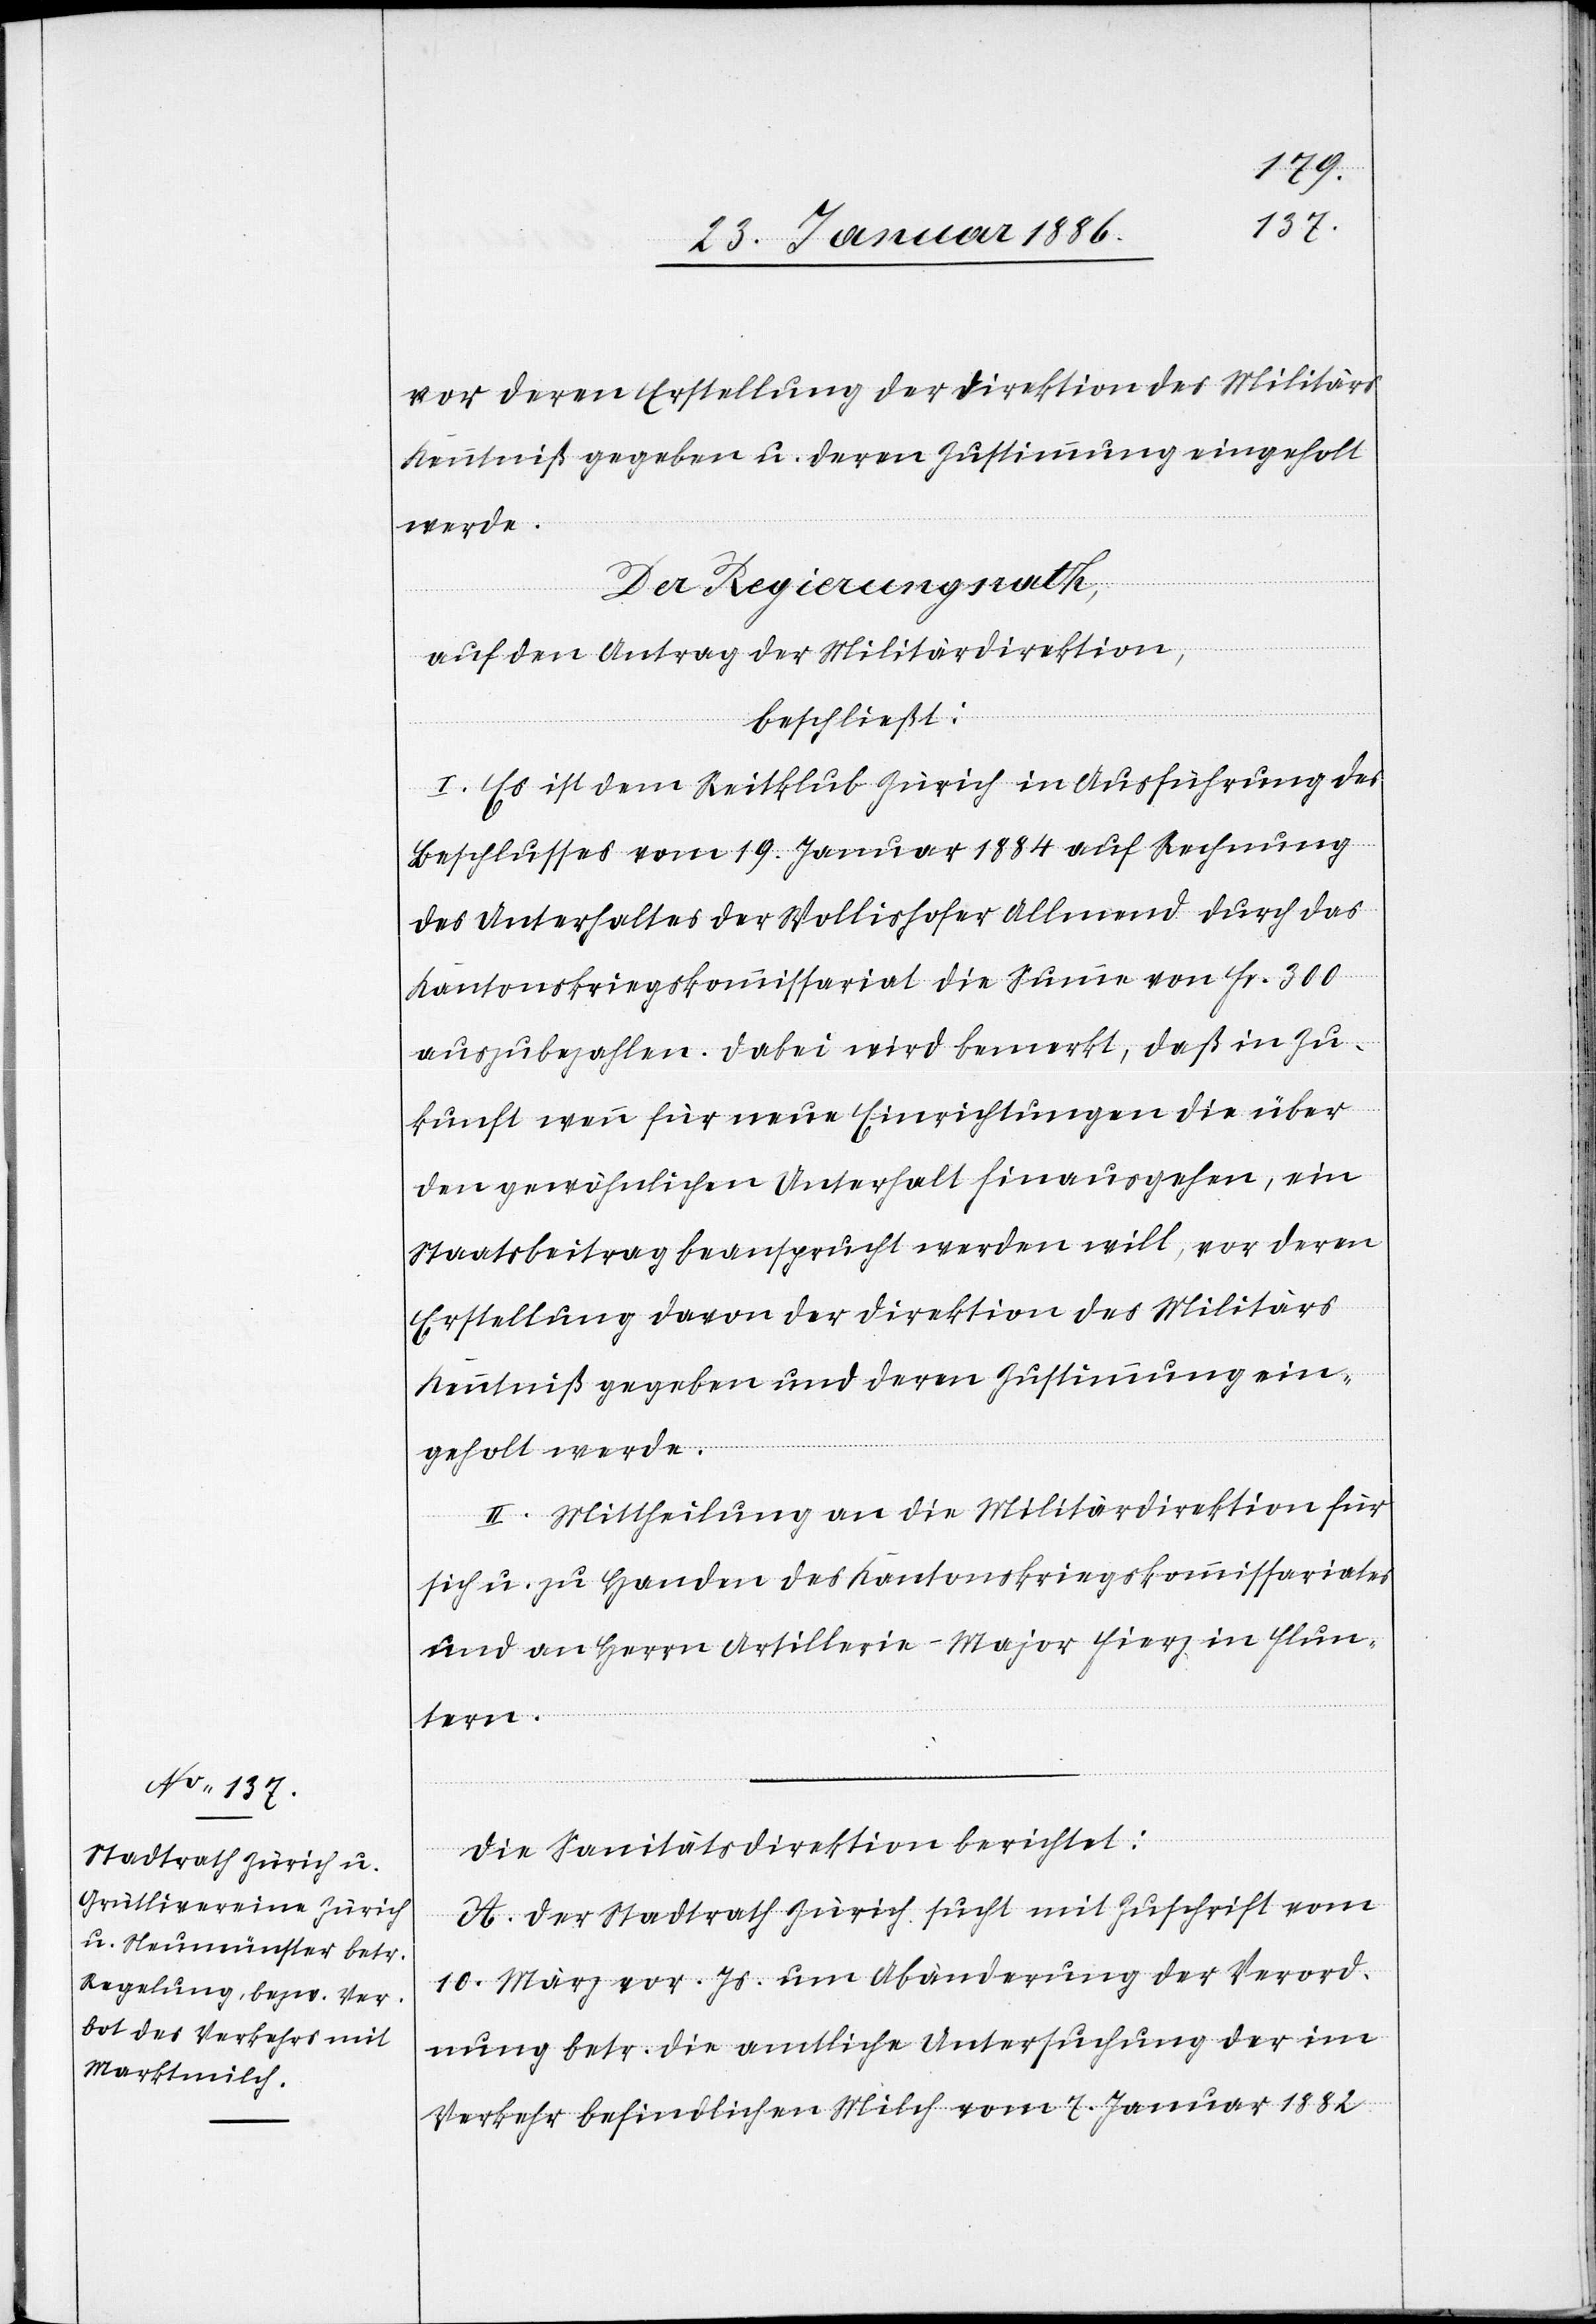
vor deren Erstellung der Direktion des Militärs
Kenntniß gegeben u. deren Zustimmung eingeholt
werde.
Der Regierungsrath,
auf den Antrag der Militärdirektion,
beschließt:
I. Es ist dem Reitklub Zürich in Ausführung des
Beschlusses vom 19. Januar 1884 auf Rechnung
des Unterhaltes der Wollishofer Allmend durch das
Kantonskriegskommissariat die Summe von Fr. 300
auszubezahlen. Dabei wird bemerkt, daß in Zu¬
kunft wenn für neue Einrichtungen die über
den gewöhnlichen Unterhalt hinausgehen, ein
Staatsbeitrag beansprucht werden will, vor deren
Erstellung davon der Direktion des Militärs
Kenntniß gegeben und deren Zustimmung ein¬
geholt werde.
II. Mittheilung an die Militärdirektion für
sich u. zu Handen des Kantonskriegskommissariates
und an Herrn Artillerie-Major Fierz in Flun¬
tern.
Die Sanitätsdirektion berichtet:
A. Der Stadtrath Zürich sucht mit Zuschrift vom
10. März vor. Js. um Abänderung der Verord¬
nung betr. die amtliche Untersuchung der im
Verkehr befindlichen Milch vom 7. Januar 1882